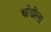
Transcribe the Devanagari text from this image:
चोंचीला